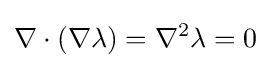
\nabla \cdot (\nabla \lambda )=\nabla ^{2}\lambda =0